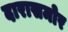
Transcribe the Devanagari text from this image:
दारासमोर